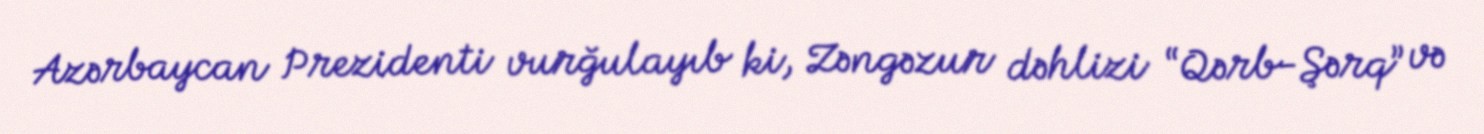
Azərbaycan Prezidenti vurğulayıb ki, Zəngəzur dəhlizi “Qərb-Şərq” və